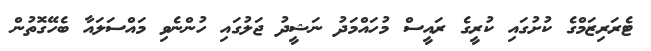
ޓެރަރިޒަމްގެ ކުށުގައި ކުރީގެ ރައީސް މުހައްމަދު ނަޝީދު ޖަލުގައި ހުންނެވި މައްސަލައާ ބެހޭގޮތުން